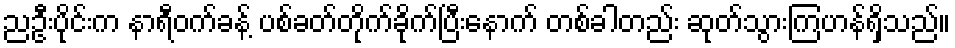
ညဦးပိုင်းက နာရီဝက်ခန့် ပစ်ခတ်တိုက်ခိုက်ပြီးနောက် တစ်ခါတည်း ဆုတ်သွားကြဟန်ရှိသည်။